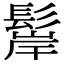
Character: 𩭢